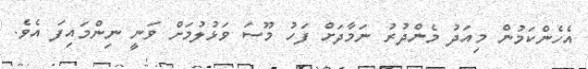
އެހެންކަމުން މިއަދު މެންދުރު ނަމާދަށް ފަހު މޫސަ ވަޅުލުމަށް ވަނީ ނިންމައިފަ އެވެ.